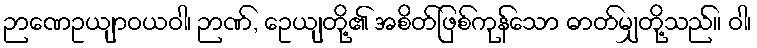
ဉာဏေဥယျာဝယဝါ၊ ဉာဏ်, ေဥယျတို့၏ အစိတ်ဖြစ်ကုန်သော ဓာတ်မျှတို့သည်။ ဝါ၊